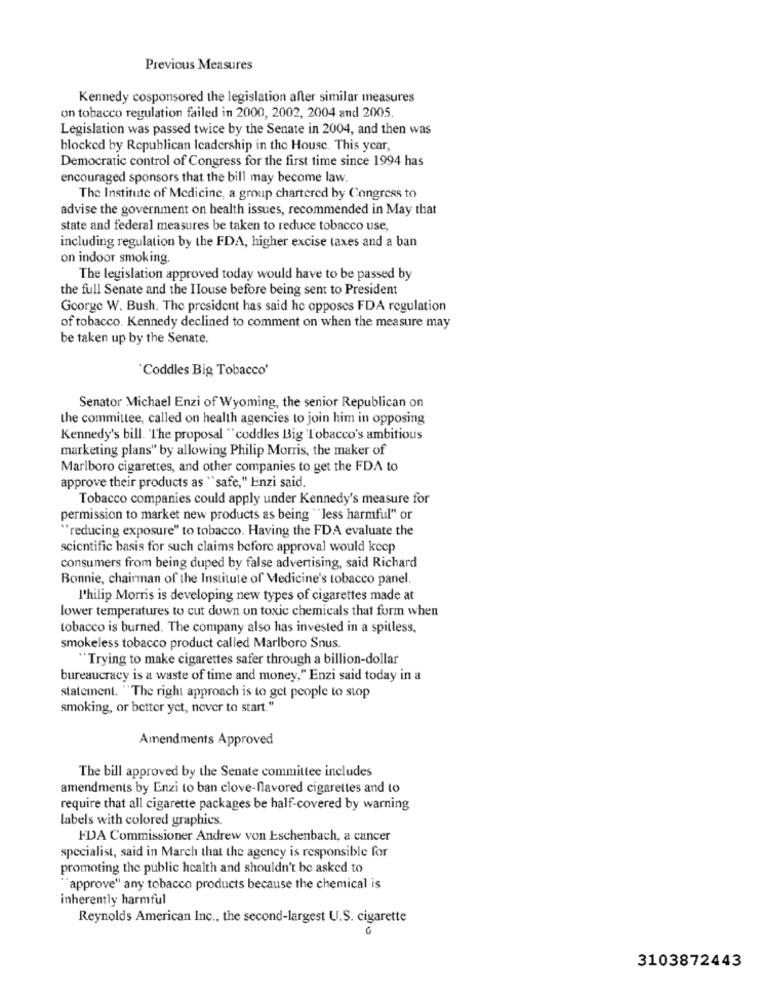
Previous Measures
Kennedy cosponsored the legislation after similar measures
on tobacco regulation failed in 2000, 2002, 2004 and 2005.
Legislation was passed twice by the Senate in 2004, and then was
blocked by Republican Icadership in the House. This year,
Democratic control of Congress for the first time since 1994 has
encouraged sponsors that the bill may become law.
The Institute of Medicine, a group chartered by Congress to
advise the government on health issues, recommended in May that
state and federal measures be taken to reduce tobacco use,
including regulation by the FDA, higher excise taxes and a ban
on indoor smoking.
The legislation approved today would have to be passed by
the full Senate and the IIouse before being sent to President
George W. Bush. The president has said he opposes FDA regulation
of tobacco. Kennedy declined to comment on when the measure may
be taken up by the Senate.
Coddles Big Tobacco'
Senator Michael Enzi of Wyoming, the senior Republican on
the committee, called on health agencies to join him in opposing
Kennedy's bill. "The proposal "cuddles Big Tobacco's ambitious
marketing plans" by allowing Philip Morris, the maker of
Marlboro cigarettes, and other companies to get the FDA to
approve their products as "safe," Enzi said.
Tobacco companies could apply under Kennedy's measure for
permission to market new products as being "less harmful" or
"reducing exposure" to tobacco. Having the FDA evaluate the
scientific basis for such claims before approval would keep
consumers from being duped by false advertising, said Richard
Bonnie, chairman of the Institute of Medicine's tobacco panel.
l'hilip Morris is developing new types of cigarettes made at
lower temperatures to cut down on toxic chemicals that form when
tobacco is burned. The company also has invested in a spitless.
smokeless tobacco product called Marlboro Snus
"Trying to make cigarettes safer through a billion-dollar
bureaucracy is a waste of time and money," Enzi said today in a
statement. "The right approach is to get people to stop
smoking, or better yet, nover to start."
Amendments Approved
The bill approved by the Senate committee includes
amendments by Enzi to ban clove-flavored cigarettes and to
require that all cigarette packages be half-covered by warning
labels with colored graphics.
FDA Commissioner Andrew von Eschenbach, a cancer
specialist, said in March that the agency is responsible for
promoting the public health and shouldn't be asked to
"approve" any tobacco products because the chemical is
inherently harmful
Reynolds American Inc ., the second-largest U.S. cigarette
3103872443